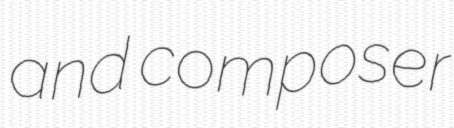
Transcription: and composer